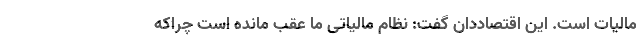
مالیات است. این اقتصاددان گفت: نظام مالیاتی ما عقب مانده است چراکه